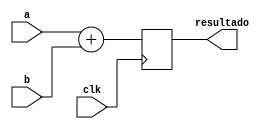
`timescale 1ns / 1ps
//////////////////////////////////////////////////////////////////////////////////
// Company: 
// Engineer: 
// 
// Design Name: 
// Module Name: suma_PC
// Project Name: 
// Target Devices: 
// Tool Versions: 
// Description: 
// 
// Dependencies: 
// 
// Revision:
// Revision 0.01 - File Created
// Additional Comments:
// 
//////////////////////////////////////////////////////////////////////////////////


module suma_PC(clk,a, b, resultado);
  input clk;
  input [31:0] a, b;
  output reg [31:0] resultado;
  always@(posedge clk)
  begin
  if(clk==1)
  resultado = (a + b);
  else
  resultado = resultado;
  end
endmodule